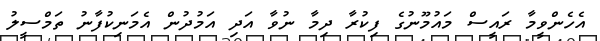
އެހެންވީމާ ރައީސް މައުމޫނުގެ ފިކުރާ ދިމާ ނުވާ އަދި އަމުދުން އެމަނިކުފާނު ތަމްސީލު